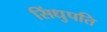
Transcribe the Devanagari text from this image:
सिंधुपति